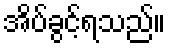
အိပ်ခွင့်ရသည်။